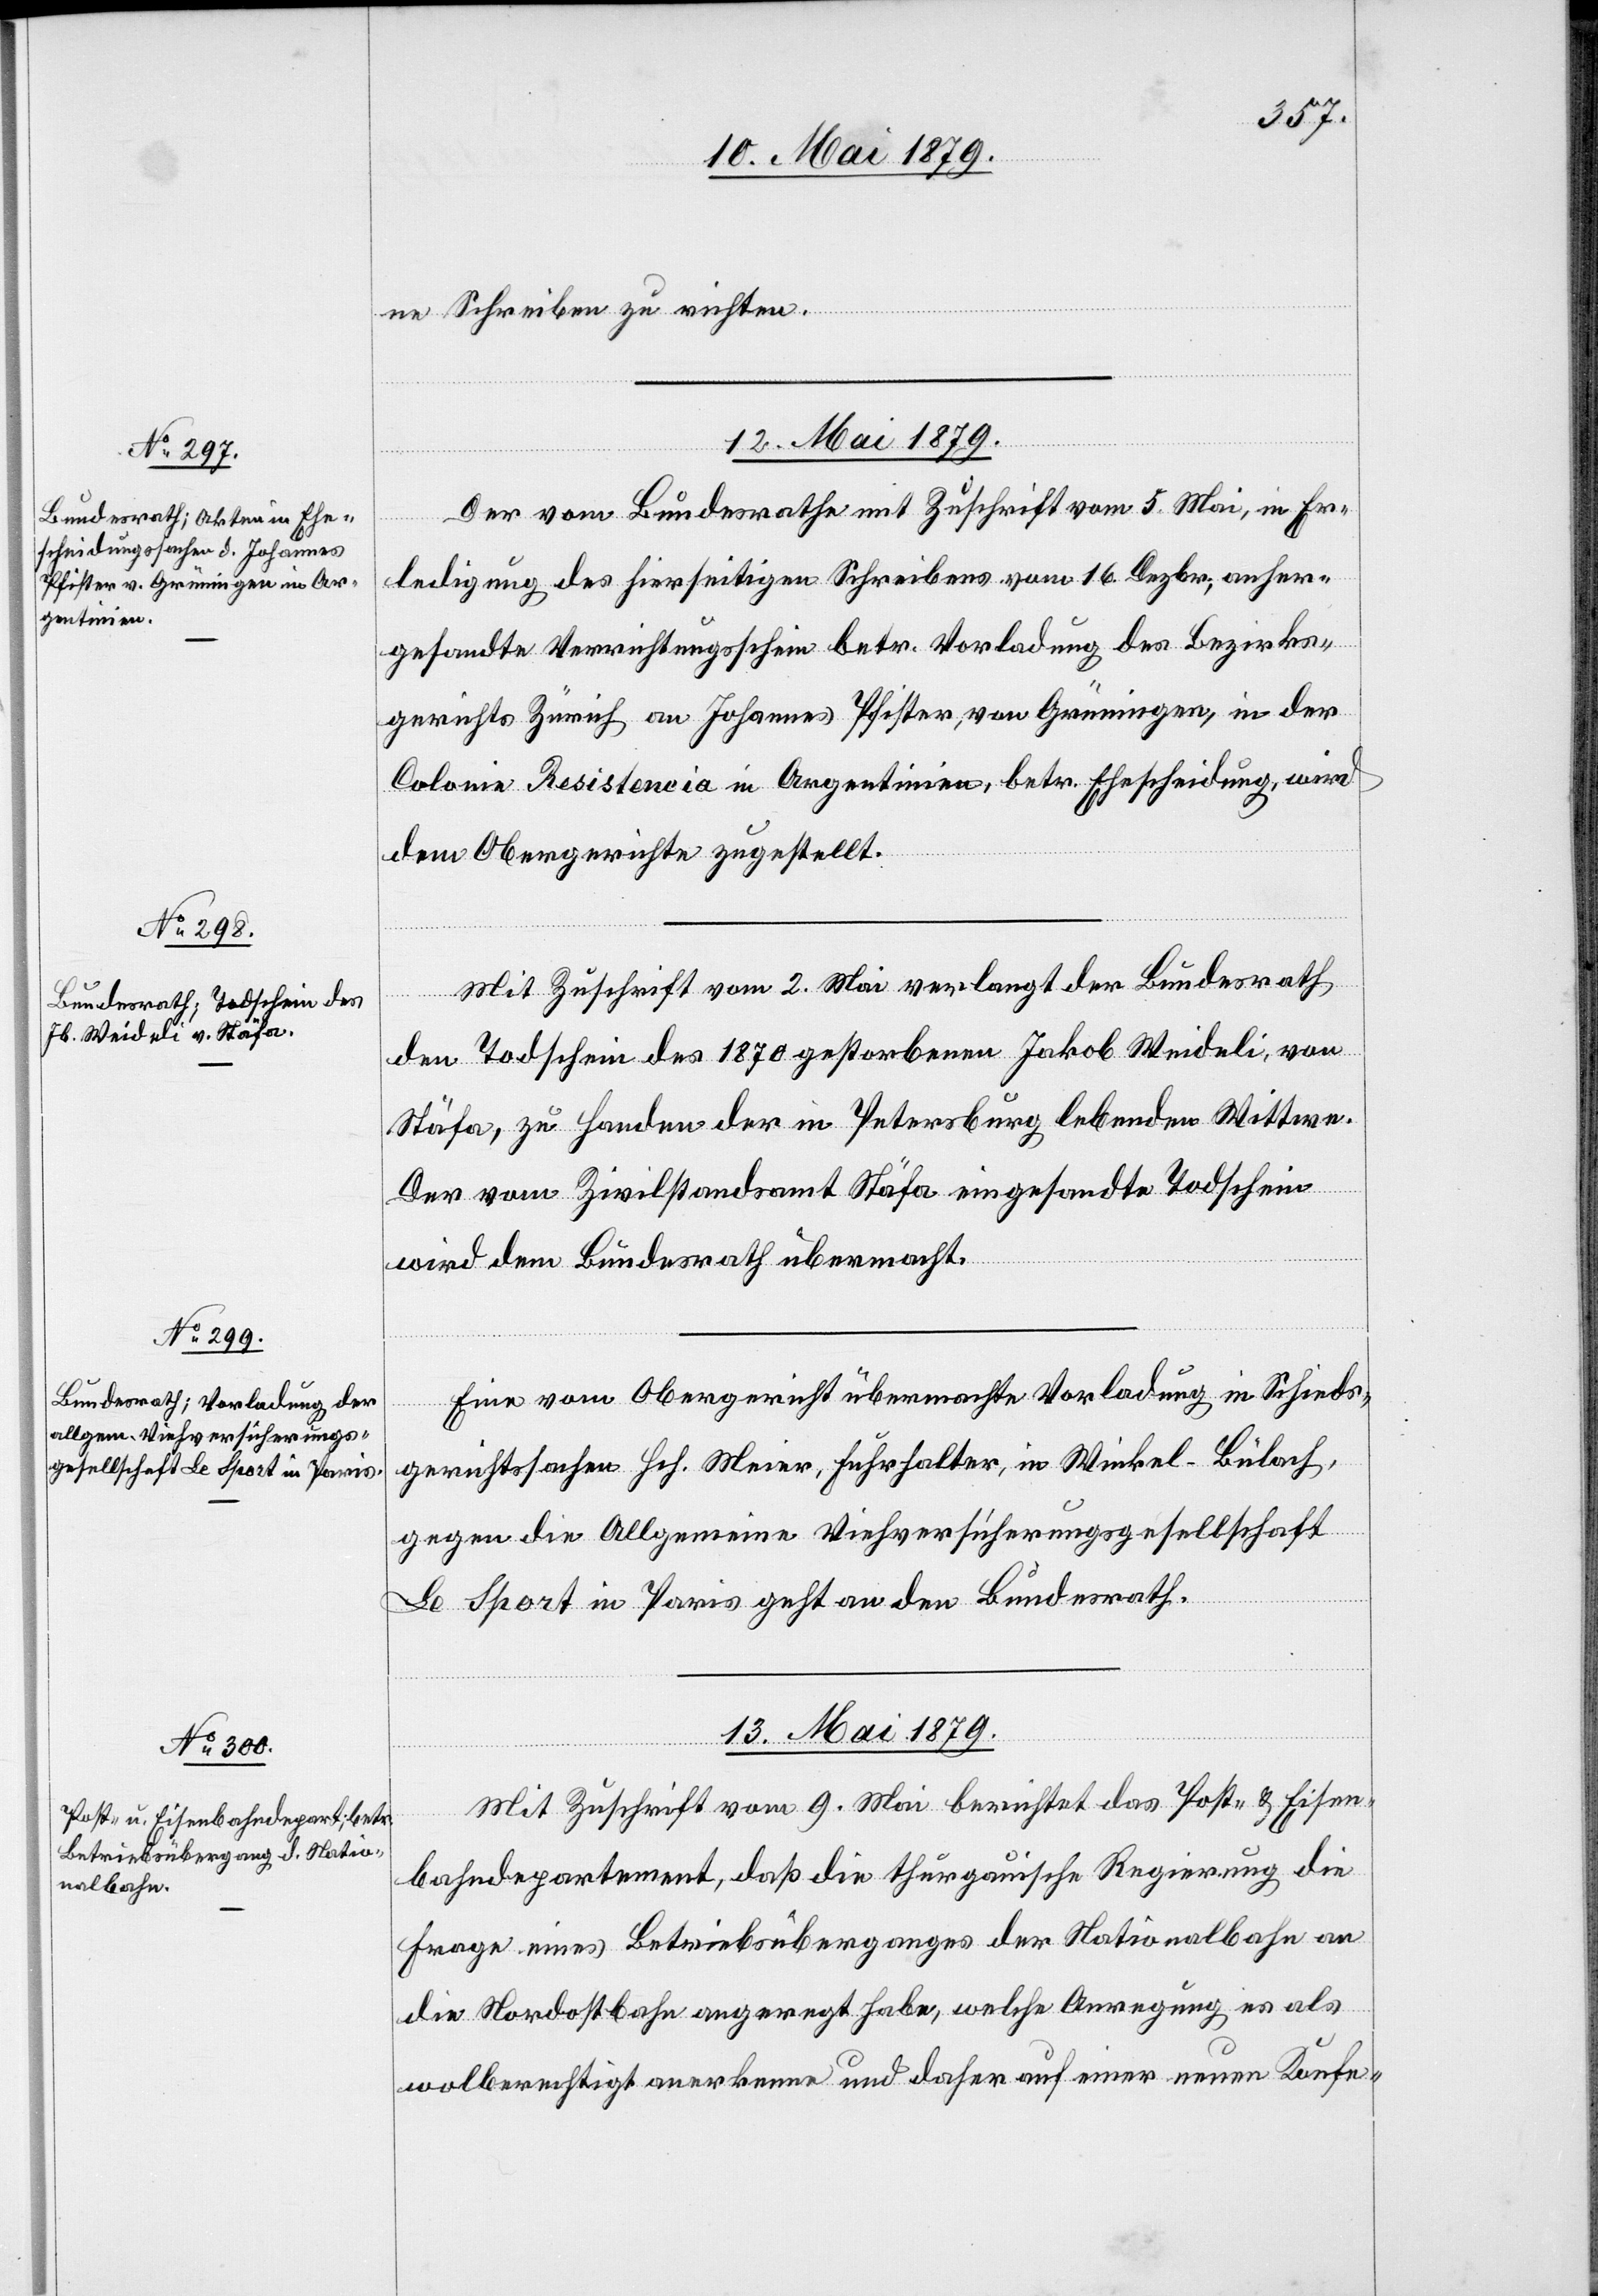
ne Schreiben zu richten.
12. Mai 1879.
Der vom Bundesrathe mit Zuschrift vom 5. Mai, in Er¬
ledigung des hierseitigen Schreibens vom 16. Dezbr., anher¬
gesandte Verrichtungsschein betr. Vorladung des Bezirks¬
gerichts Zürich an Johannes Pfister, von Grüningen, in der
Colonie Resistencia in Argentinien, betr. Ehescheidung, wird
dem Obergerichte zugestellt.
Mit Zuschrift vom 2. Mai verlangt der Bundesrath
den Todschein des 1870 gestorbenen Jakob Weideli, von
Stäfa, zu Handen der in Petersburg lebenden Wittwe.
Der vom Zivilstandsamt Stäfa eingesandte Todschein
wird dem Bundesrath übermacht.
Eine vom Obergericht übermachte Vorladung in Schieds¬
gerichtssachen Hch. Meier, Fuhrhalter, in Winkel - Bülach,
gegen die Allgemeine Viehversicherungsgesellschaft
Le Sport in Paris geht an den Bundesrath.
13. Mai 1879.
Mit Zuschrift vom 9. Mai berichtet das Post- & Eisen¬
bahndepartement, daß die thurgauische Regierung die
Frage eines Betriebsüberganges der Nationalbahn an
die Nordostbahn angeregt habe, welche Anregung es als
wolberechtigt anerkenne und daher auf einer neuen Konfe-